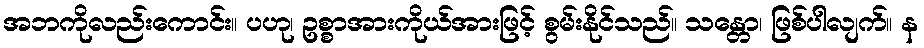
အဘကိုလည်းကောင်း။ ပဟု၊ ဥစ္စာအားကိုယ်အားဖြင့် စွမ်းနိုင်သည်။ သန္တော၊ ဖြစ်ပါလျက်။ န